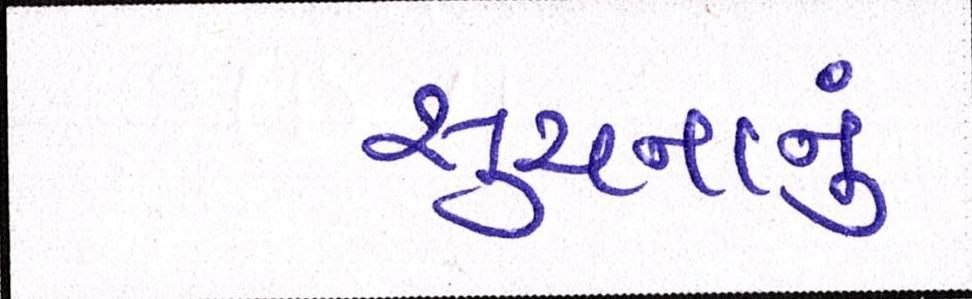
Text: સુચનાનુ